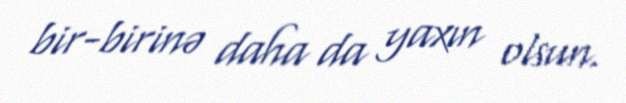
bir-birinə daha da yaxın olsun.